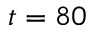
t = 8 0